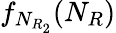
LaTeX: f_{N_{R_{2}}}(N_{R})